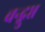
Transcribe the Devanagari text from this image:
चन्द्गुप्त